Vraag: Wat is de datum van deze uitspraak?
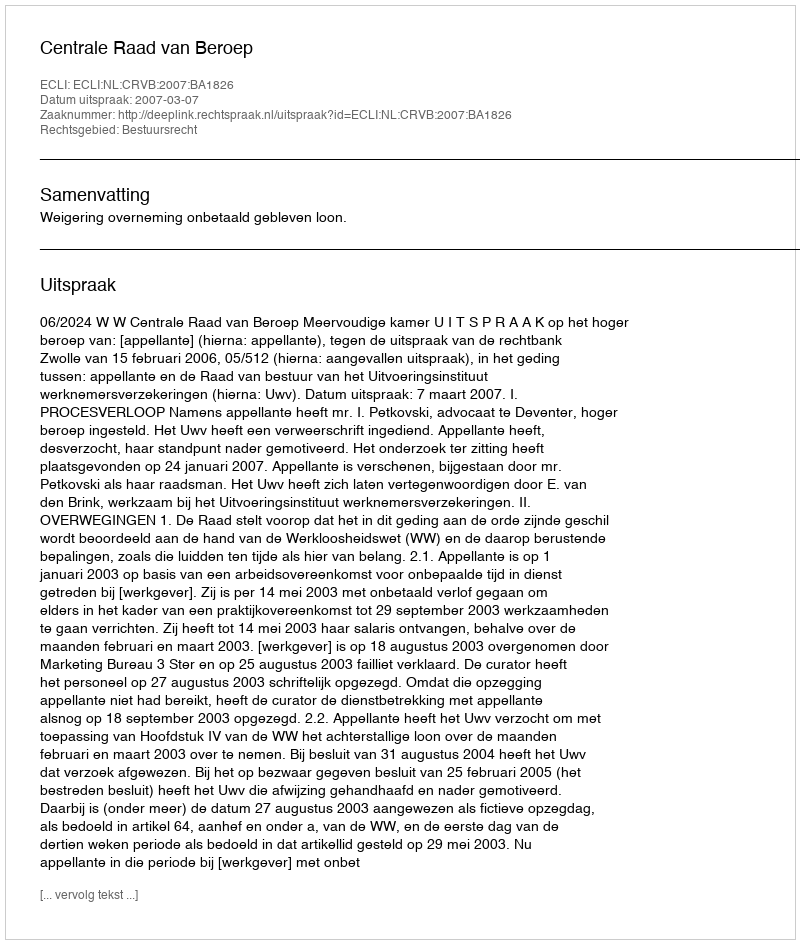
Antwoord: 2007-03-07